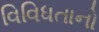
વિવિધતાનો